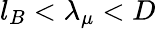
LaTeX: l_{B}<\lambda_{\mu}<D